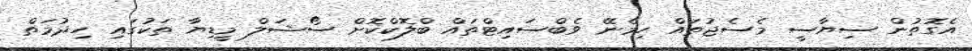
އެގޮތުން ސިޔާސީ މެސެޖުތައް ހިމެނޭ ވެބްސައިޓްތައް ބްލޮކްކޮށް ސޯޝަލް މީޑިޔާ ތަކުގައި ހިދުމަތް